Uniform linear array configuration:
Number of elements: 12
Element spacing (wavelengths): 0.75
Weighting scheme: blackman
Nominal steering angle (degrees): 60
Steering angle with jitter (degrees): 58.445
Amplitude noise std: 0.05
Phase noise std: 0.05

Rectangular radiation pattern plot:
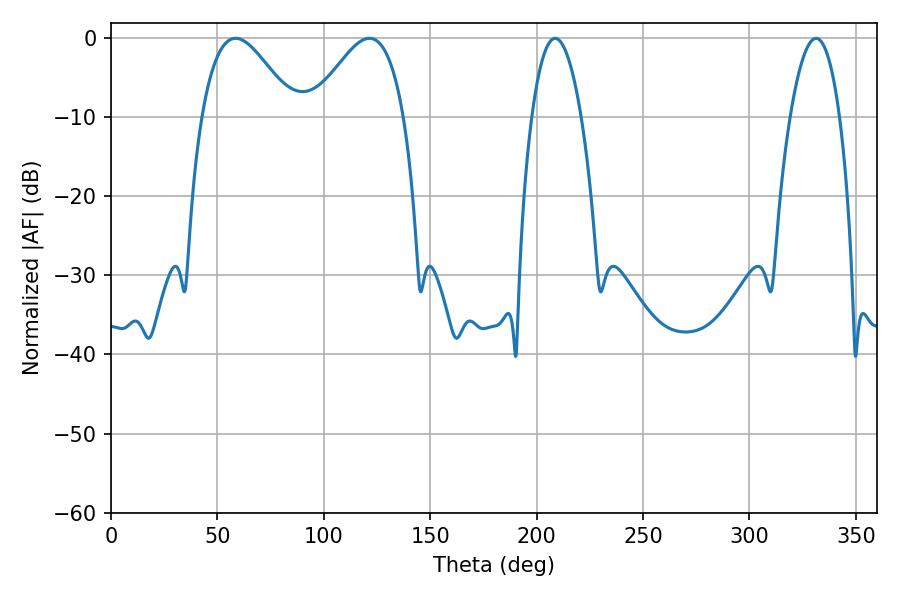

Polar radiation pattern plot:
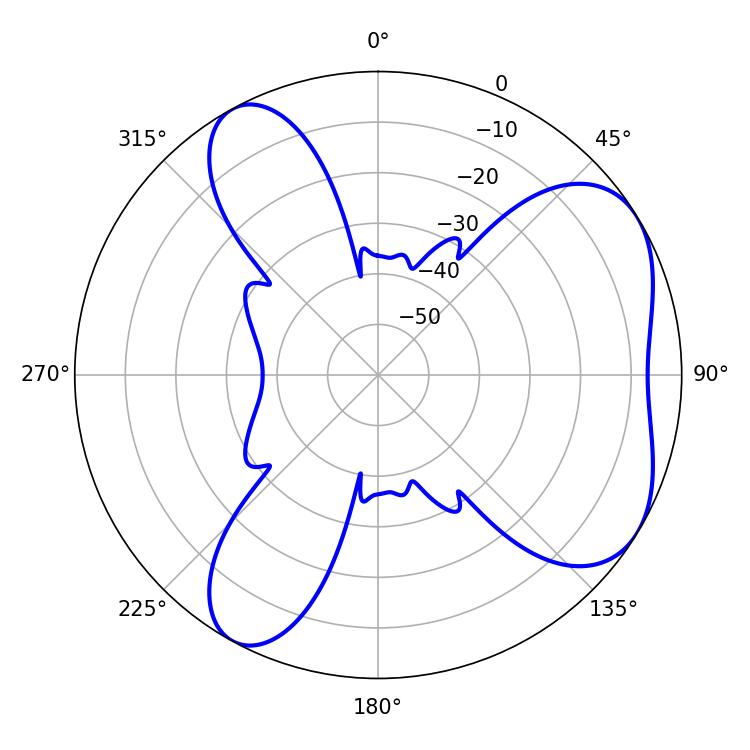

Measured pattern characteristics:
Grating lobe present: TRUE
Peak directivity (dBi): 5.508
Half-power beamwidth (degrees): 23.22
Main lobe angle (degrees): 58.5